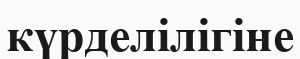
күрделілігіне